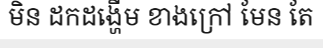
មិន ដកដង្ហើម ខាងក្រៅ មែន តែ